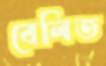
বেলিত